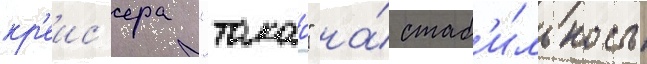
кр'еис'ера "такао" на́ стаб'и́льность